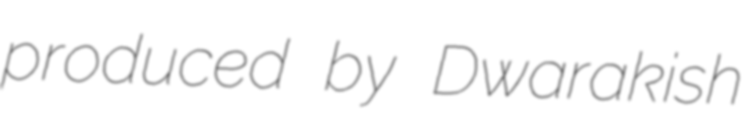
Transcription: produced by Dwarakish